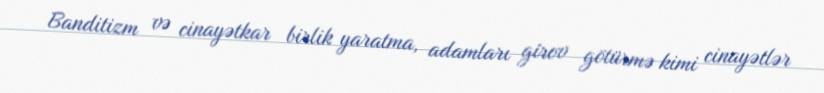
Banditizm və cinayətkar birlik yaratma, adamları girov götürmə kimi cinayətlər